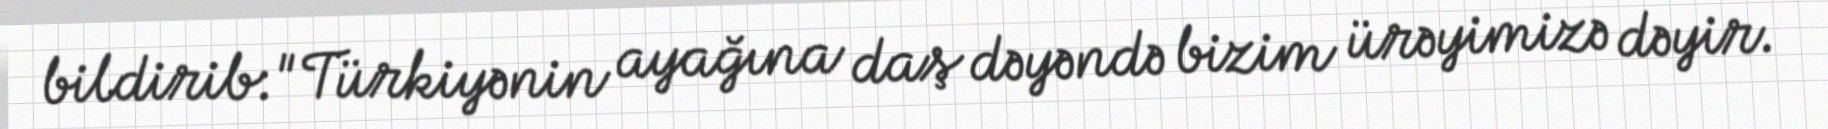
bildirib:"Türkiyənin ayağına daş dəyəndə bizim ürəyimizə dəyir.